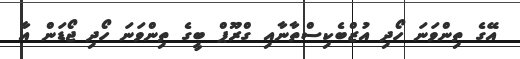
އޭގެ ތިންވަނަ ހޯދި އުޒްބެކިސްތާނާއި ގްރޫޕް ބީގެ ތިންވަނަ ހޯދި ޖޯޑަން އާ